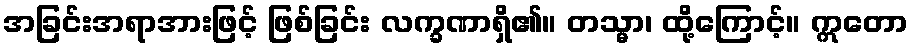
အခြင်းအရာအားဖြင့် ဖြစ်ခြင်း လက္ခဏာရှိ၏။ တသ္မာ၊ ထို့ကြောင့်။ ဣတော